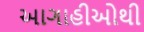
આગાહીઓથી